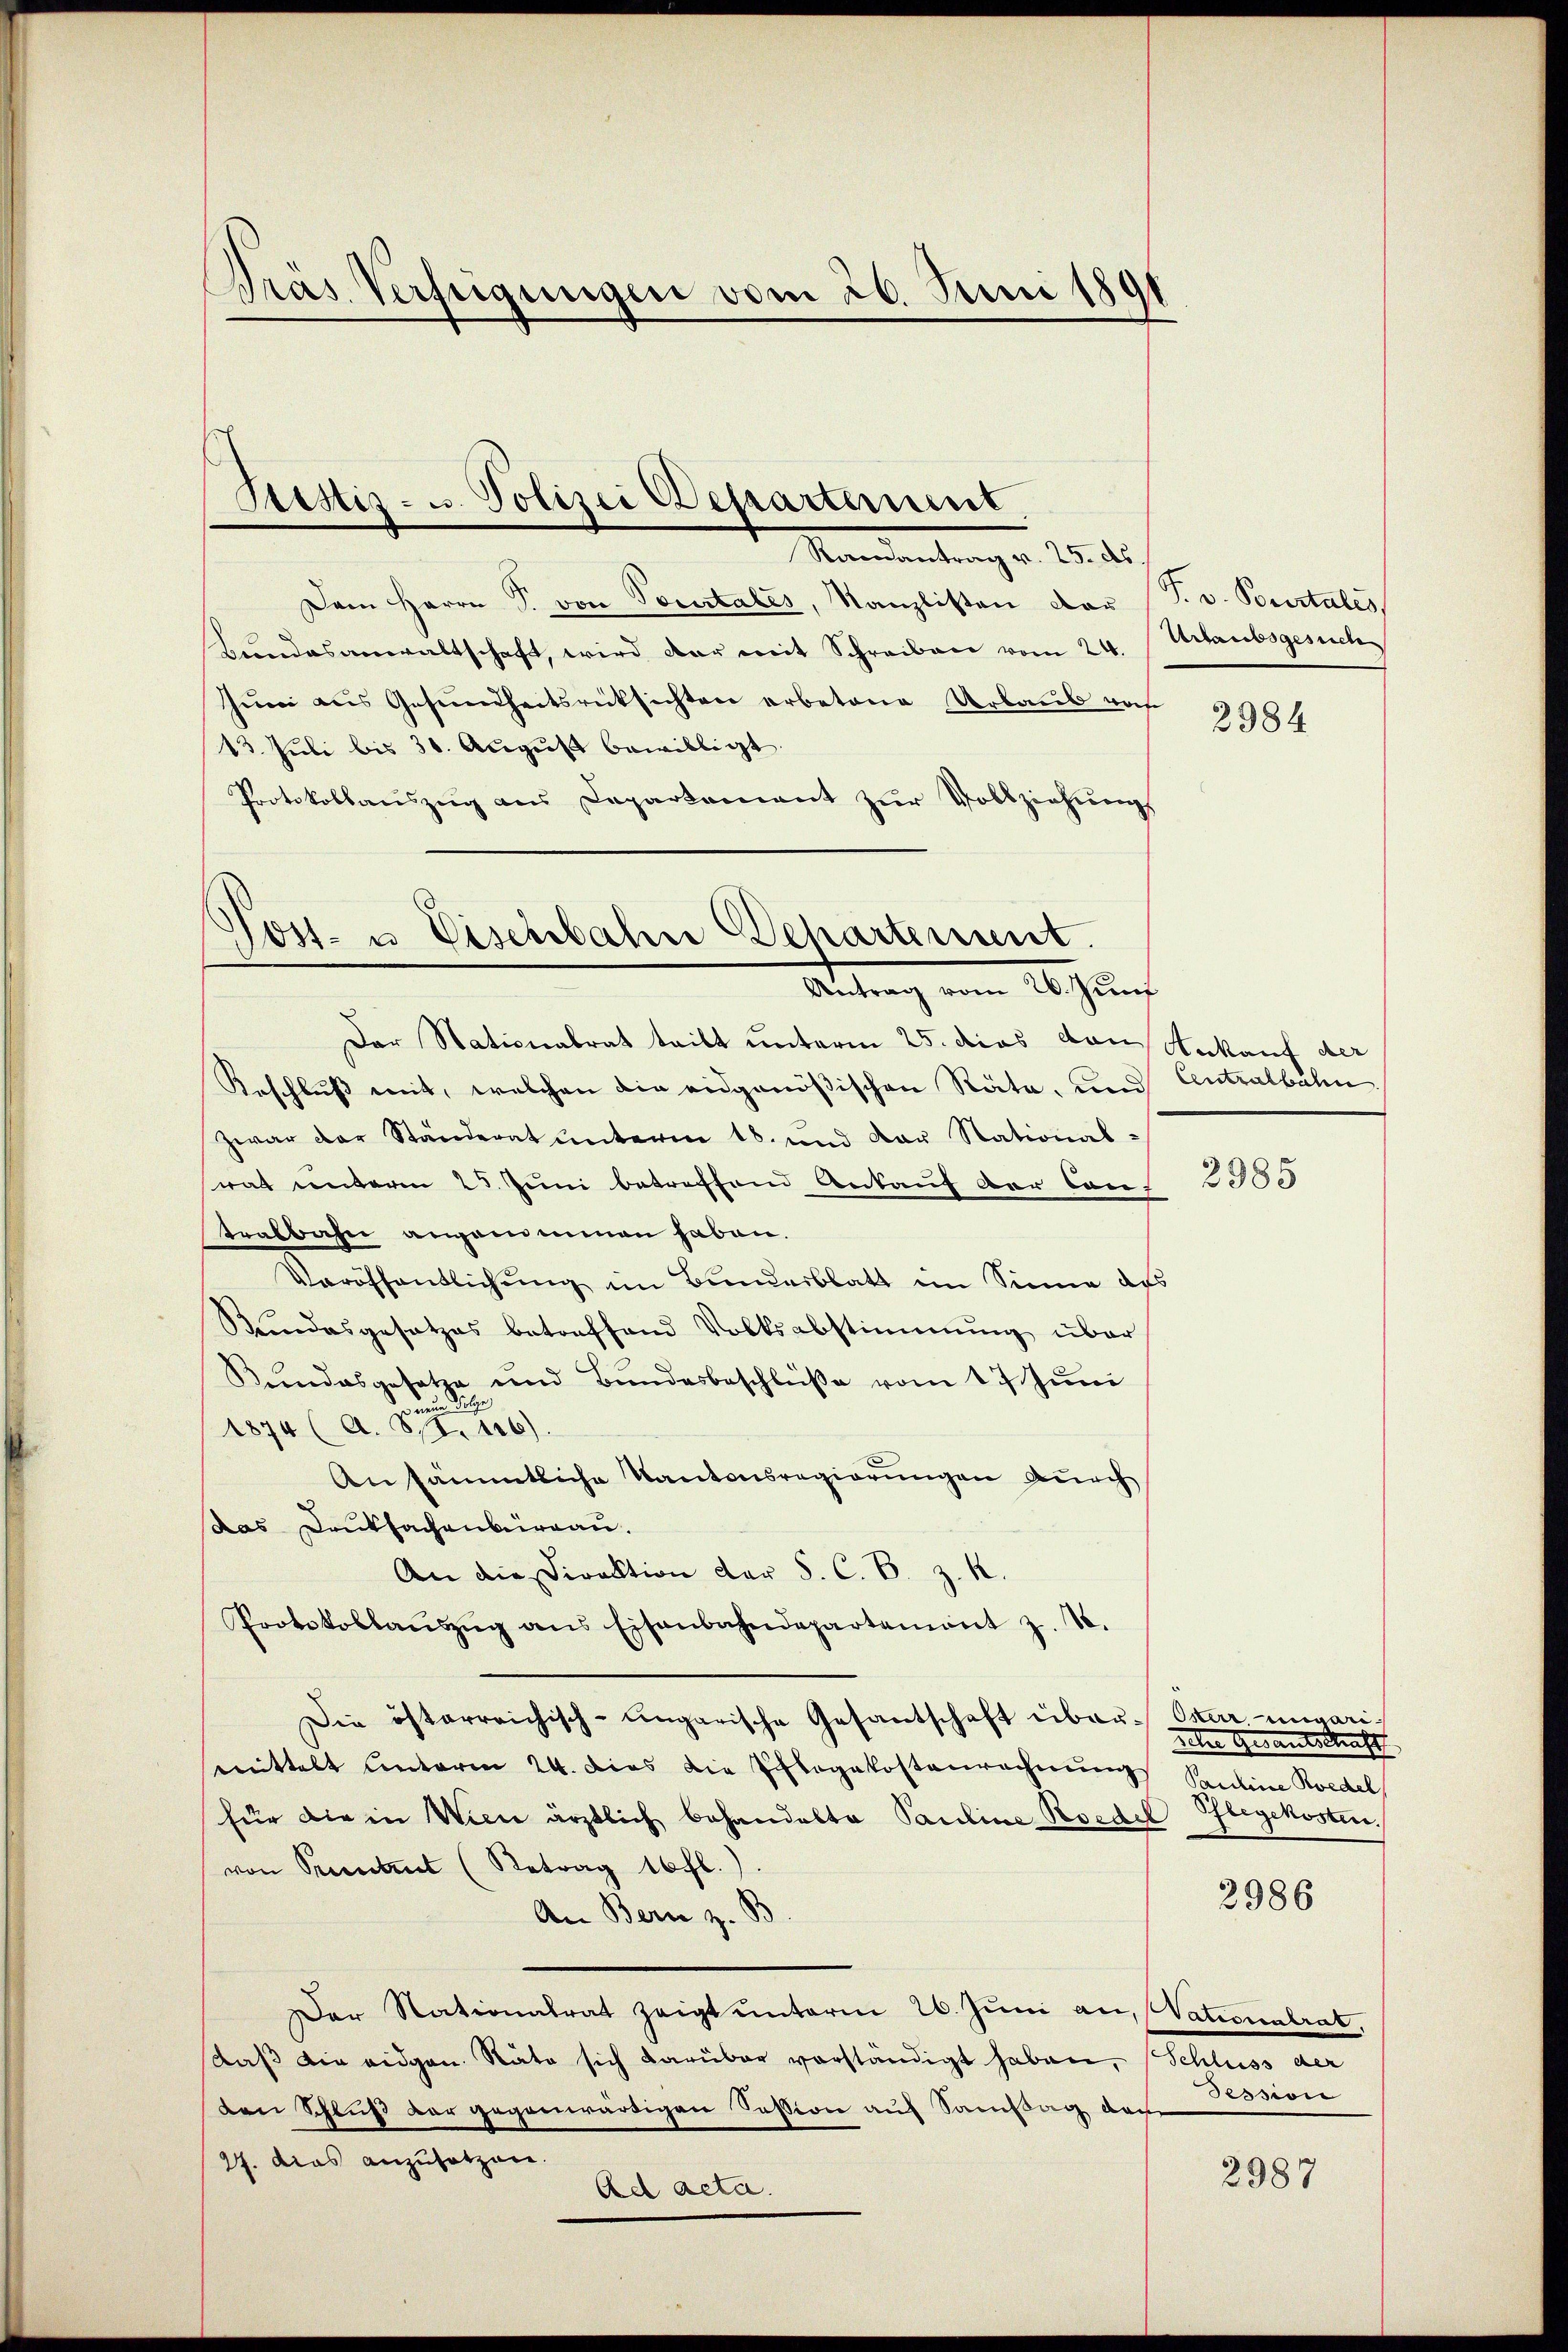
Pras Verfügungen vom 26. Juni 1891

Mandantung v. 25. ds.
Dem Herrn P. von Vorsitales, Kanzlisten vor (T. v. Bourtales
Bundesanwaltschaft, wird der mit Schreiben vom 24.  Urlaubsgesuch
Jŭni aus Gesundheitsrücksichten arbetene Urlaub noch
13. Jŭli bis 30. Aŭgŭst bewilligt.
Protokollaŭszŭg aŭs Departement zŭr Vollziehŭng

Stestiz- u. Polizei Departement.

Post- u Tischbahn Behartement.
Antrag vom 26. Juni

Der Stationalrat teilt unterm 25. dies von Ankauf, der
Reschluß mit, welchen die eidgenößischen Räte, und Centralbahn
Zwar der Ständerat unterm 18. und der Stational-
wat unterm 25. Juni betreffend Ankauf der Cant
tralbahn angenommen haben.
Veröffentlichung im Bunderblatt im Sinne des
Stundesgesetzes betreffend Volksabstimmung über
Bundesgesetze und Bundesbeschlüße vom 17. Juni
d
1874 (A. S. 226)
Ansämmtliche Kantonsregierungen durch
das Druksachenburgau.
An die Direktion der S. C. B. z. R.
Protokollaŭszŭg ans Eisenbahndepartemont z. St.
Die österreichisch-ungarische Gesantschaft übermittelt unterm 24. dies die Pflegekostenrechnung Salina Koedel
für die in Wien ärztlich behandelte Pauline Boedel Pflegekosten.
von Prentent (Retrag 10 fl.
An Bern z. S
er Nationalrat zeigt unterm 26. Juni an, Vationalrat,
daβ die eidgen. Räte sich darüber vorständigt haben, Schluss der
den Schluß der gegenwärtigen Session auf Samstag doch
27. dies anzusetzen.
Ad acta.

2984

2985

Osterrenwarizehre Gesantschaft

2986

Session

2987